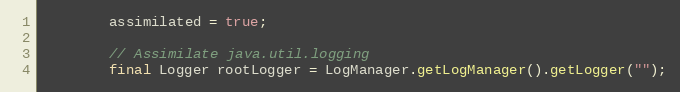
Language: Java
        assimilated = true;

        // Assimilate java.util.logging
        final Logger rootLogger = LogManager.getLogManager().getLogger("");